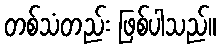
တစ်သံတည်း ဖြစ်ပါသည်။